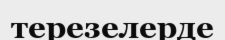
терезелерде